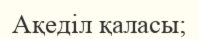
Ақеділ қаласы;